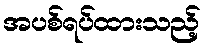
အပစ်ရပ်ထားသည့်